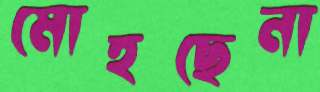
মোহছেনা